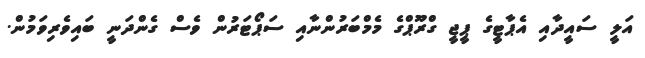
އަލީ ސައީދާއި އެޕާޓީގެ ޕީޖީ ގްރޫޕްގެ މެމްބަރުންނާއި ސަޕޯޓަރުން ވެސް ގެންދަނީ ބައިވެރިވަމުން.